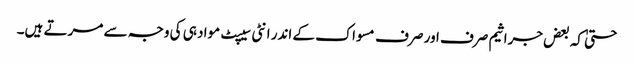
حتیٰ کہ بعض جراثیم صرف اور صرف مسواک کے اندر انٹی سیپٹ مواد ہی کی وجہ سے مرتے ہیں۔